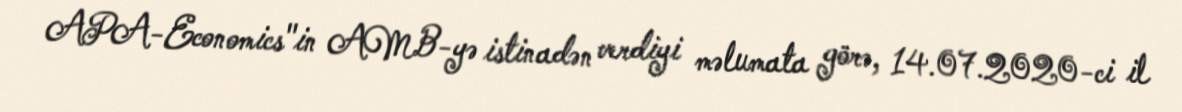
APA-Economics"in AMB-yə istinadən verdiyi məlumata görə, 14.07.2020-ci il